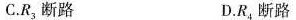
C.R_{3}断路 D.R_{4}断路